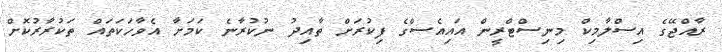
ރާއްޖޭގެ އިސްލާމިކް މިނިސްޓްރީން އައިއެސްގެ ފިކުރަށް ތާއިދު ނުކުރާނެ ކަމަށާ އެވާހަކަތައް ތަކުރާރުކޮށް